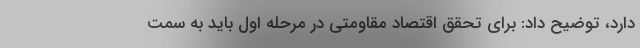
دارد، توضیح داد: برای تحقق اقتصاد مقاومتی در مرحله اول باید به سمت